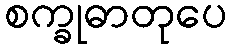
စက္ခုဓာတုပေ